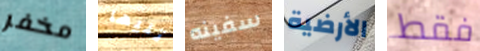
مخفر تليها سفينه الأرضية فقط